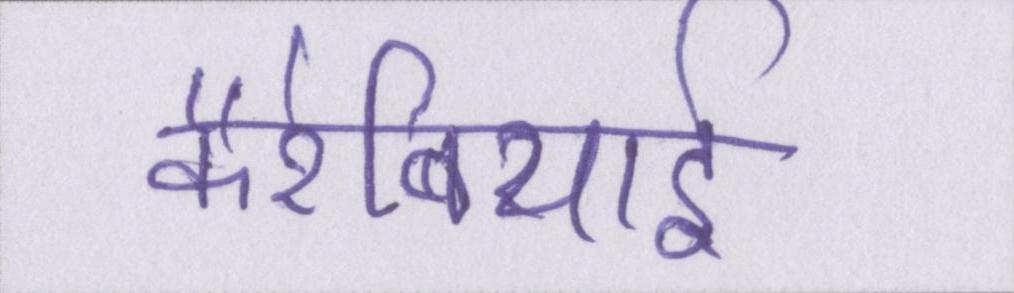
कैरेबियाई